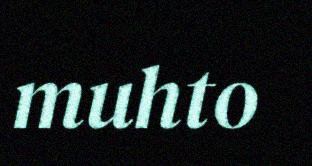
muhto